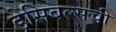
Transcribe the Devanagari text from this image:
डेसिबल्सची